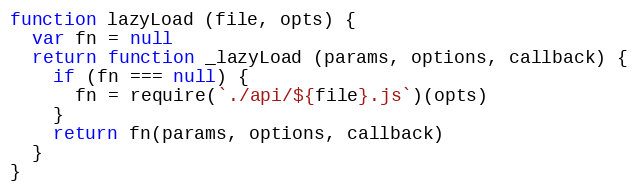
Language: JavaScript
function lazyLoad (file, opts) {
  var fn = null
  return function _lazyLoad (params, options, callback) {
    if (fn === null) {
      fn = require(`./api/${file}.js`)(opts)
    }
    return fn(params, options, callback)
  }
}